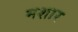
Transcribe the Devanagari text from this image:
मशार